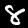
Digit: 8